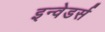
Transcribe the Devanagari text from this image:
इन्वेडर्स